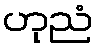
ဟုညံ